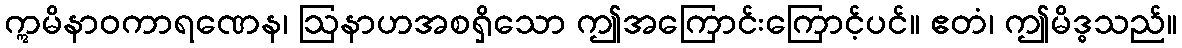
ဣမိနာဝကာရဏေန၊ ဩနာဟအစရှိသော ဤအကြောင်းကြောင့်ပင်။ ဧတံ၊ ဤမိဒ္ဓသည်။